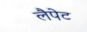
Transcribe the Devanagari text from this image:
लैपेट